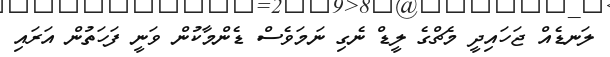
ލަނޑެއް ޖަހައިދީ މެޗްގެ ލީޑް ނެގި ނަމަވެސް ޑެންމާކުން ވަނީ ފަހަތުން އަރައި